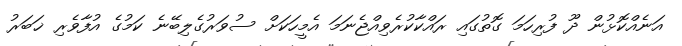
އަނެއްކޮޅުން ދޫ ފުރިހަމަ ގޮތުގައި ރައްކާކުރެވިއްޖެނަމަ އެމީހަކަށް ސުވަރުގެލިބޭނެ ކަމުގެ އުފާވެރި ޚަބަރު